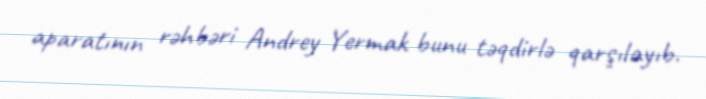
aparatının rəhbəri Andrey Yermak bunu təqdirlə qarşılayıb.